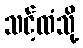
သင့်ထံသို့